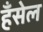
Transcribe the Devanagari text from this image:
हँसेल